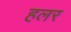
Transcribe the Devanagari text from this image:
हलर